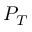
P _ { T }